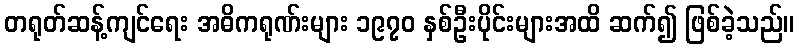
တရုတ်ဆန့်ကျင်ရေး အဓိကရုဏ်းများ ၁၉၇၀ နှစ်ဦးပိုင်းများအထိ ဆက်၍ ဖြစ်ခဲ့သည်။